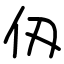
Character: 仭